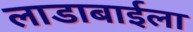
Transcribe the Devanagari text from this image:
लाडाबाईला